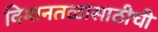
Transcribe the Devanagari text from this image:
विमानतळासाठीची